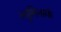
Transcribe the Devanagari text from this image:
ल्युमिनार्क